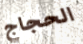
الحجاج